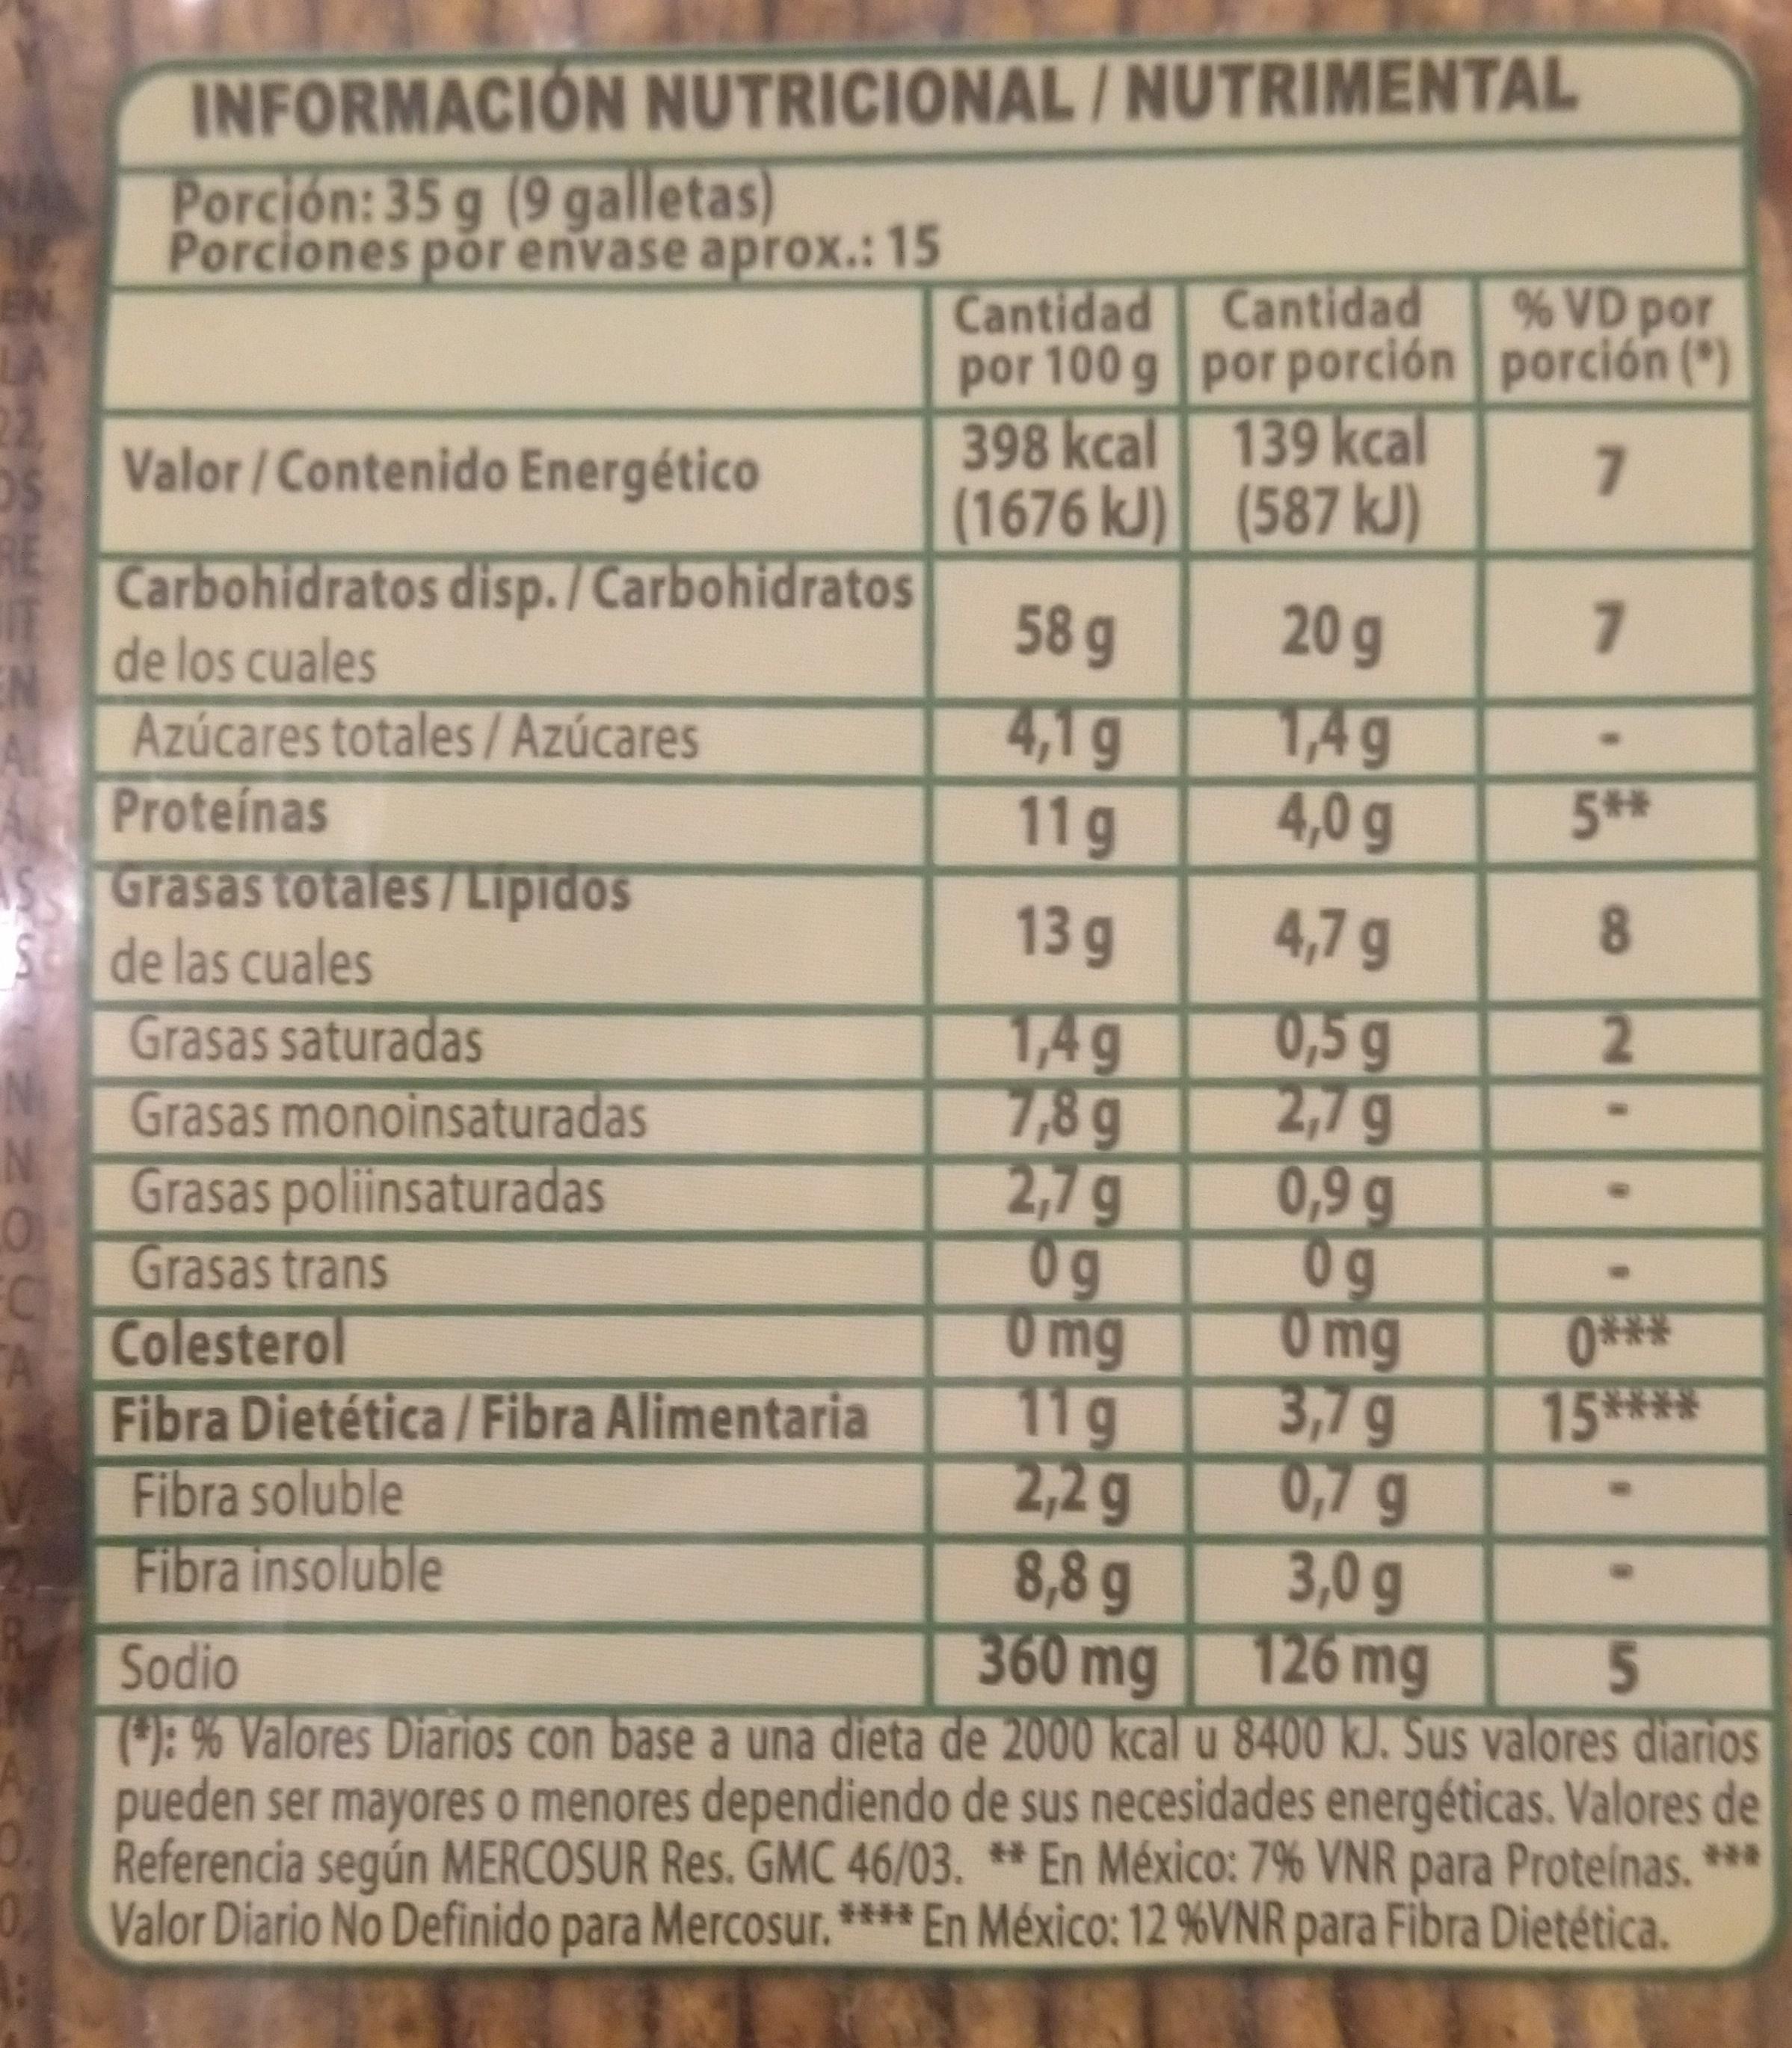
INFORMACIÓN NUTRICIONAL / NUTRIMENTAL
Porción: 35 g (9 galletas) Porciones por envase aprox.: 15
Cantidad Cantidad por 100 g por porción porción (") 398 kcal 139 kcal (1676 kJ) (587 kJ)
VD por
22 Valor/Contenido Energético
7.
RE
Carbohidratos disp./ Carbohidratos
20g
58 g 4,1g 11g
de los cuales
EN
T4g 4,0 g
A.
Azúcares totales / Azúcares
Proteinas
5**
AS Grasas totales/Lipidos Sde las cuales Grasas saturadas Grasas monoinsaturadas Grasas poliinsaturadas
13 g
4,7 g
1,4g 7,8 g 2,7g 0g Omg 11g 2,2 g 8,8g 360 mg (: % Valores Diarios con base a una dieta de 2000 kcal u 8400 kJ. Sus valores diarios pueden ser mayoreso menores dependiendo de sus necesidades energéticas. Valores de Referencia según MERCOSUR Res. GMC 46/03. ** En México: 7% VNR para Proteinas. ***
0,5 g 2,7g 0,9 g 0g Omg 3,7g 0,7g 3,0g 126 mg
Grasas trans EC Colesterol
0** 15****
Fibra Dietética / Fibra Alimentaria Fibra soluble Fibra insoluble
Sodio
5.
Valor Diario No Definido para Mercosur. **** En México: 12 %VNR para Fibra Dietética.
7.
82